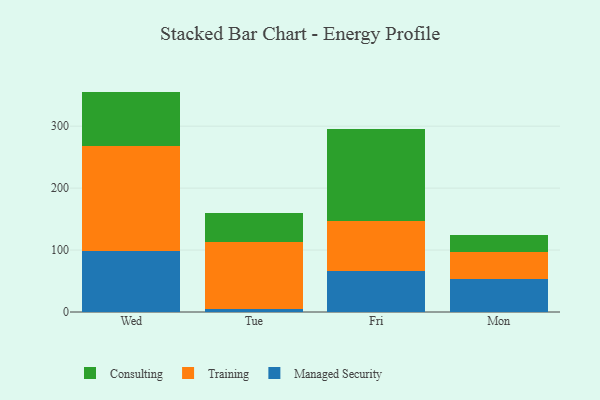
{"axis": {"x": "Day", "y": "Conversion Rate (%)"}, "legend": ["Consulting", "Managed Security", "Training"], "data": [{"x": "Wed", "y": 97.7, "type": "Managed Security"}, {"x": "Wed", "y": 170.5, "type": "Training"}, {"x": "Wed", "y": 87.6, "type": "Consulting"}, {"x": "Tue", "y": 5.3, "type": "Managed Security"}, {"x": "Tue", "y": 107.9, "type": "Training"}, {"x": "Tue", "y": 47.3, "type": "Consulting"}, {"x": "Fri", "y": 66.4, "type": "Managed Security"}, {"x": "Fri", "y": 80.5, "type": "Training"}, {"x": "Fri", "y": 148.6, "type": "Consulting"}, {"x": "Mon", "y": 53.7, "type": "Managed Security"}, {"x": "Mon", "y": 43.2, "type": "Training"}, {"x": "Mon", "y": 28.0, "type": "Consulting"}]}